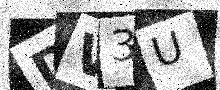
Text: DV3U